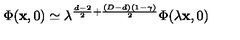
\Phi ( { \bf x } , 0 ) \simeq \lambda ^ { \frac { d - 2 } { 2 } + \frac { ( D - d ) ( 1 - \gamma ) } { 2 } } \Phi ( \lambda { \bf x } , 0 )